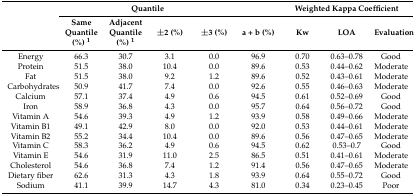
<table><thead><tr><td rowspan="2"></td><td colspan="4"><b>Quantile</b></td><td></td><td colspan="3"><b>Weighted Kappa Coefficient</b></td></tr><tr><td><b>Same Quantile (%) <sup>1</sup></b></td><td><b>Adjacent Quantile (%) <sup>1</sup></b></td><td><b>±2 (%)</b></td><td><b>±3 (%)</b></td><td><b>a + b (%)</b></td><td><b>Kw </b></td><td><b>LOA</b></td><td><b>Evaluation</b></td></tr></thead><tbody><tr><td>Energy</td><td>66.3</td><td>30.7</td><td>3.1</td><td>0.0</td><td>96.9</td><td>0.70</td><td>0.63–0.78</td><td>Good</td></tr><tr><td>Protein</td><td>51.5</td><td>38.0</td><td>10.4</td><td>0.0</td><td>89.6</td><td>0.53</td><td>0.44–0.62</td><td>Moderate</td></tr><tr><td>Fat</td><td>51.5</td><td>38.0</td><td>9.2</td><td>1.2</td><td>89.6</td><td>0.52</td><td>0.43–0.61</td><td>Moderate</td></tr><tr><td>Carbohydrates</td><td>50.9</td><td>41.7</td><td>7.4</td><td>0.0</td><td>92.6</td><td>0.55</td><td>0.46–0.63</td><td>Moderate</td></tr><tr><td>Calcium</td><td>57.1</td><td>37.4</td><td>4.9</td><td>0.6</td><td>94.5</td><td>0.61</td><td>0.52–0.69</td><td>Good</td></tr><tr><td>Iron</td><td>58.9</td><td>36.8</td><td>4.3</td><td>0.0</td><td>95.7</td><td>0.64</td><td>0.56–0.72</td><td>Good</td></tr><tr><td>Vitamin A</td><td>54.6</td><td>39.3</td><td>4.9</td><td>1.2</td><td>93.9</td><td>0.58</td><td>0.49–0.66</td><td>Moderate</td></tr><tr><td>Vitamin B1</td><td>49.1</td><td>42.9</td><td>8.0</td><td>0.0</td><td>92.0</td><td>0.53</td><td>0.44–0.61</td><td>Moderate</td></tr><tr><td>Vitamin B2</td><td>55.2</td><td>34.4</td><td>10.4</td><td>0.0</td><td>89.6</td><td>0.56</td><td>0.47–0.65</td><td>Moderate</td></tr><tr><td>Vitamin C</td><td>58.3</td><td>36.2</td><td>4.9</td><td>0.6</td><td>94.5</td><td>0.62</td><td>0.53–0.7</td><td>Good</td></tr><tr><td>Vitamin E</td><td>54.6</td><td>31.9</td><td>11.0</td><td>2.5</td><td>86.5</td><td>0.51</td><td>0.41–0.61</td><td>Moderate</td></tr><tr><td>Cholesterol</td><td>54.6</td><td>36.8</td><td>7.4</td><td>1.2</td><td>91.4</td><td>0.56</td><td>0.47–0.65</td><td>Moderate</td></tr><tr><td>Dietary fiber</td><td>62.6</td><td>31.3</td><td>4.3</td><td>1.8</td><td>93.9</td><td>0.64</td><td>0.55–0.72</td><td>Good</td></tr><tr><td>Sodium</td><td>41.1</td><td>39.9</td><td>14.7</td><td>4.3</td><td>81.0</td><td>0.34</td><td>0.23–0.45</td><td>Poor</td></tr></tbody></table>